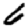
Digit: 6